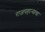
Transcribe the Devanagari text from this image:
राजपहार्‍याचा